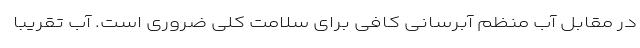
در مقابل آب منظم آبرسانی کافی برای سلامت کلی ضروری است. آب تقریباً